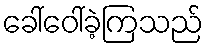
ခေါ်ဝေါ်ခဲ့ကြသည်